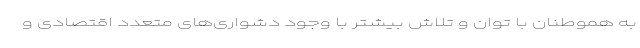
به هموطنان با توان و تلاش بیشتر با وجود دشواری‌های متعدد اقتصادی و